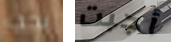
يجب أجبت